Account of plague administration in the Bombay Presidency from September 1896 till May 1897
Year: 1896
Disease focus: Plague
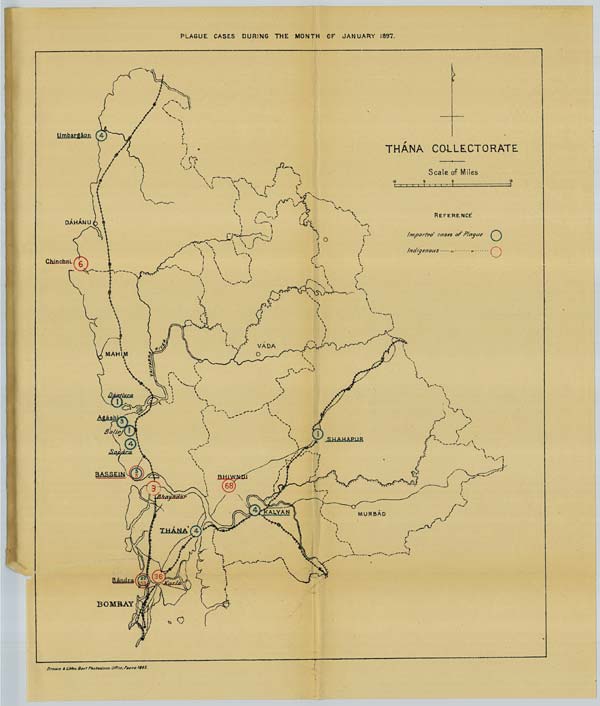
PLAGUE CASES DURING THE MONTH OF JANUARY 1897.
Drawn & Litho. Govt Photozinco. Office, Poona 1897.